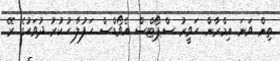
ތިން ވަނަ އިމްރާން ހަވީރު ސްޕޯޓްސް އެވޯޑްސް ހަފުލާ ހުކުރު ދުވަހުގެ ރޭ